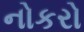
નોકરો